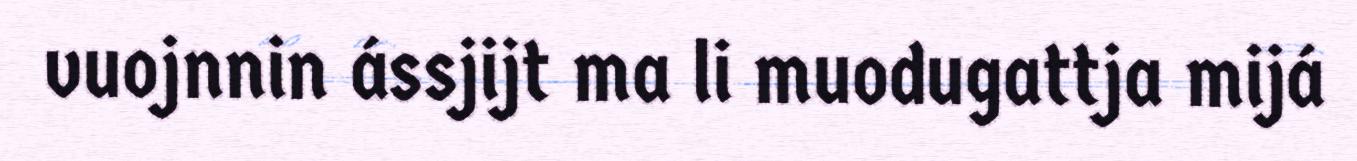
vuojnnin ássjijt ma li muodugattja mijá